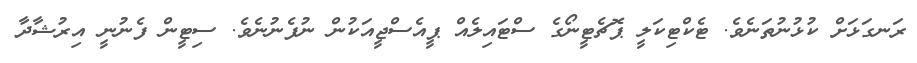
ރަނގަޅަށް ކުޅުނުތަނެވެ. ޓެކްޓިކަލީ ޕޮޗެޓީނޯގެ ސްޓައިލެއް ޕީއެސްޖީއަކުން ނުފެނުނެވެ. ސިޓީން ފެނުނީ އިރުޝާދާ